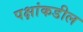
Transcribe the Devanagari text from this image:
पक्षांकडील